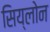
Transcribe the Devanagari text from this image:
सिय्लोन